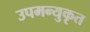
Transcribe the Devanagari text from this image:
उपमन्युकृत